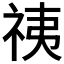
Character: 𰧷